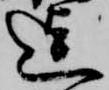
迄